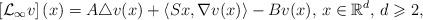
LaTeX: \begin{align*} \left[\mathcal{L}_{\infty} v\right](x)=A\triangle v(x) + \left\langle Sx,\nabla v(x)\right\rangle-B v(x),\,x\in\mathbb{R}^d,\,d\geqslant 2, \end{align*}